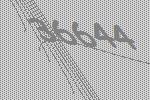
36644